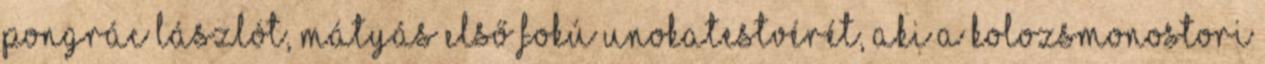
Pongrác Lászlót, Mátyás első fokú unokatestvérét, aki a kolozsmonostori